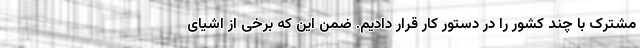
مشترک با چند کشور را در دستور کار قرار دادیم. ضمن این که برخی از اشیای